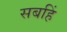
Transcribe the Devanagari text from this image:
सबहिं